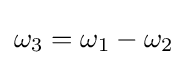
\omega _{3}=\omega _{1}-\omega _{2}